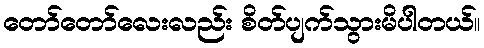
တော်တော်လေးလည်း စိတ်ပျက်သွားမိပါတယ်။